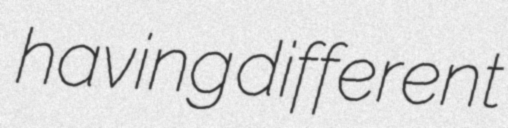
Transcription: having different